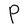
Character: P